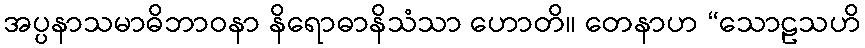
အပ္ပနာသမာဓိဘာဝနာ နိရောဓာနိသံသာ ဟောတိ။ တေနာဟ “သောဠသဟိ